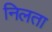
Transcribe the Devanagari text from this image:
निलता